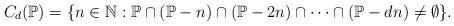
LaTeX: \begin{align*} C_d(\mathbb{P})=\{n\in\mathbb{N}:\mathbb{P}\cap(\mathbb{P}-n) \cap(\mathbb{P}-2n)\cap\cdots\cap(\mathbb{P}-dn)\neq\emptyset\}.\end{align*}